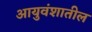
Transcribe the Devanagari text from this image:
आयुवंशातील